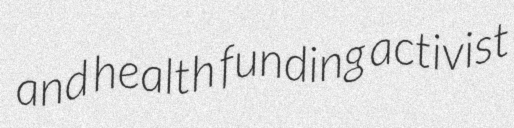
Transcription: and health funding activist